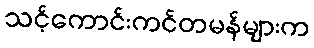
သင့်ကောင်းကင်တမန်များက